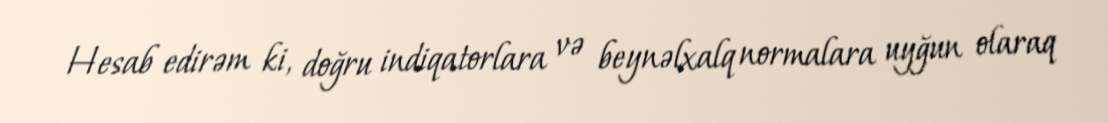
Hesab edirəm ki, doğru indiqatorlara və beynəlxalq normalara uyğun olaraq